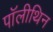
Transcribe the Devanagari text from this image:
पॉलीथिन